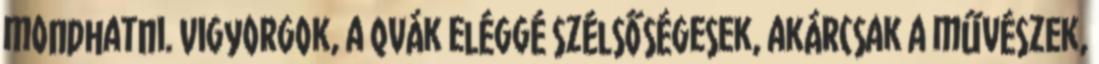
mondhatni. Vigyorgok, a qvák eléggé szélsőségesek, akárcsak a művészek,